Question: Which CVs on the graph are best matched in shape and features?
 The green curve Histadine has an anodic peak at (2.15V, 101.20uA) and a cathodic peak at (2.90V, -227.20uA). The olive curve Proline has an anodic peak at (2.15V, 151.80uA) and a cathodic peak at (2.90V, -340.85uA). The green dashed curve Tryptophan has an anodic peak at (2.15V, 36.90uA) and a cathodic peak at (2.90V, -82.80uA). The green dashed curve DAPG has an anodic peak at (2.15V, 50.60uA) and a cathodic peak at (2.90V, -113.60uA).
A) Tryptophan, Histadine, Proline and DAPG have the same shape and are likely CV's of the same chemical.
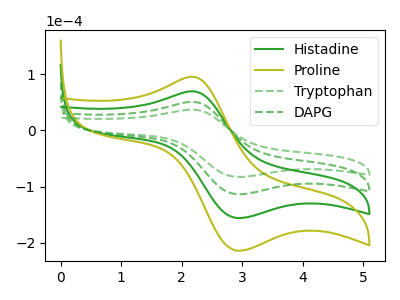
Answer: <think>All the peaks in "Histadine" have a peak in "Proline" at the same potential. Every peak in "Histadine" is lower than every peak in "Proline". All the peaks in "Histadine" have a peak in "Tryptophan" at the same potential. Every peak in "Histadine" is higher than every peak in "Tryptophan". All the peaks in "Histadine" have a peak in "DAPG" at the same potential. Every peak in "Histadine" is higher than every peak in "DAPG". All the peaks in "Proline" have a peak in "Tryptophan" at the same potential. Every peak in "Proline" is higher than every peak in "Tryptophan". All the peaks in "Proline" have a peak in "DAPG" at the same potential. Every peak in "Proline" is higher than every peak in "DAPG". All the peaks in "Tryptophan" have a peak in "DAPG" at the same potential. Every peak in "Tryptophan" is lower than every peak in "DAPG".
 </think>
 <answer>A) "Tryptophan", "Histadine", "Proline" and "DAPG" have the same shape and are likely CV's of the same chemical.</answer>
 <eval>A</eval>